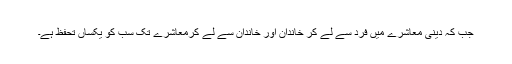
جب کہ دینی معاشرے میں فرد سے لے کر خاندان اور خاندان سے لے کرمعاشرے تک سب کو یکساں تحفظ ہے۔